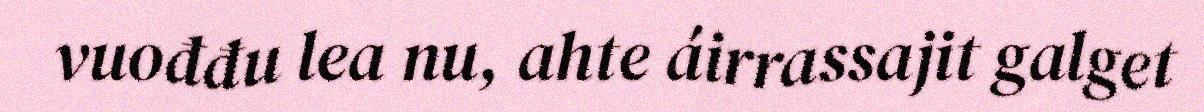
vuođđu lea nu, ahte áirrassajit galget